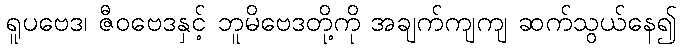
ရူပဗေဒ၊ ဇီဝဗေဒနှင့် ဘူမိဗေဒတို့ကို အချက်ကျကျ ဆက်သွယ်နေ၍